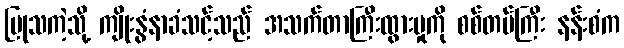
ပြုသကဲ့သို့ ကျိုးနွံနာခံသင့်သည် အသက်တာကြီးထွားမှုကို စစ်တပ်ကြီး နန်းစံက